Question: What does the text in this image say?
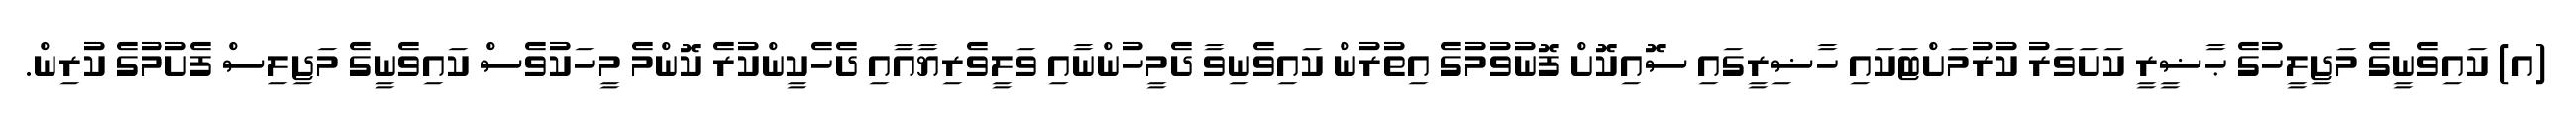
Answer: (އ) ކައިވެނީގެ މަޖިލީހުގެ ޙާޟީރީ ކަށަވަރު ކުރުމަށްޓަކައި ހާޟިރީގައި ސޮއިކޮށް ފޮނުވުމުގެ އިތުރުން ކައިވެނިވާ ދެމީހުންނާއި ވަލީވެރިޔާއާއި ދެހެކީންކުރެ ކޮންމެ މީހަކުވެސް ކައިވެނީގެ މަޖިލިސް ފެށުމުގެ ކުރިން.